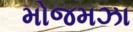
મોજમઝા